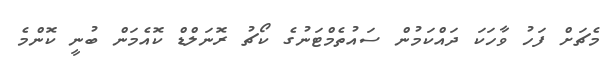
މެޗަށް ފަހު ވާހަކަ ދައްކަމުން ސައުތެމްޓަނުގެ ކޯޗު ރޮނަލްޑް ކޮއެމަން ބުނީ ކޮންމެ